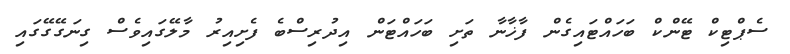
ސެޕްޓިކް ޓޭންކް ބަހައްޓައިގެން ފާޚާނާ ތަށި ބަހައްޓަން އިދުރިސްބެ ފެށިއިރު މާލޭގައިވެސް ގިނަގޭގޭގައި